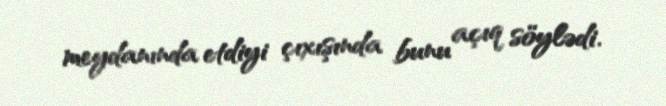
meydanında etdiyi çıxışında bunu açıq söylədi.